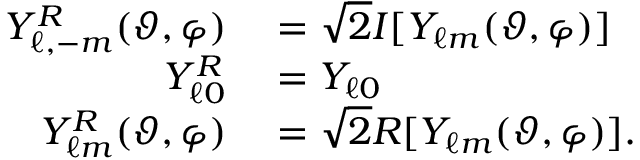
\begin{array} { r l } { Y _ { \ell , - m } ^ { \cal R } ( \vartheta , \varphi ) } & { { } = \sqrt { 2 } { \cal I } [ Y _ { \ell m } ( \vartheta , \varphi ) ] } \\ { Y _ { \ell 0 } ^ { \cal R } } & { { } = Y _ { \ell 0 } } \\ { Y _ { \ell m } ^ { \cal R } ( \vartheta , \varphi ) } & { { } = \sqrt { 2 } { \cal R } [ Y _ { \ell m } ( \vartheta , \varphi ) ] . } \end{array}